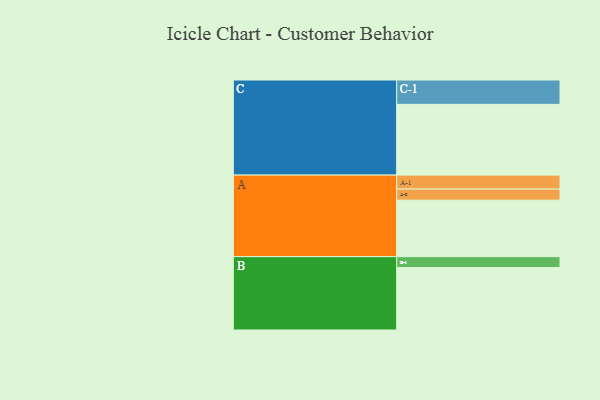
{"axis": {"x": "Segment", "y": "Value"}, "legend": ["", "A", "B", "C"], "data": [{"x": "A", "y": 413, "type": ""}, {"x": "B", "y": 456, "type": ""}, {"x": "C", "y": 517, "type": ""}, {"x": "A-1", "y": 102, "type": "A"}, {"x": "A-2", "y": 81, "type": "A"}, {"x": "B-1", "y": 80, "type": "B"}, {"x": "C-1", "y": 178, "type": "C"}]}